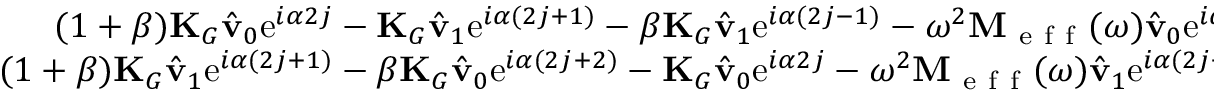
\begin{array} { r l } { ( 1 + \beta ) \mathbf { K } _ { G } \hat { \mathbf { v } } _ { 0 } \mathrm { e } ^ { i \alpha 2 j } - \mathbf { K } _ { G } \hat { \mathbf { v } } _ { 1 } \mathrm { e } ^ { i \alpha ( 2 j + 1 ) } - \beta \mathbf { K } _ { G } \hat { \mathbf { v } } _ { 1 } \mathrm { e } ^ { i \alpha ( 2 j - 1 ) } - \omega ^ { 2 } \mathbf { M } _ { \mathrm { ~ e ~ f ~ f ~ } } ( \omega ) \hat { \mathbf { v } } _ { 0 } \mathrm { e } ^ { i \alpha 2 j } } & { { } = \mathbf { 0 } \, , } \\ { ( 1 + \beta ) \mathbf { K } _ { G } \hat { \mathbf { v } } _ { 1 } \mathrm { e } ^ { i \alpha ( 2 j + 1 ) } - \beta \mathbf { K } _ { G } \hat { \mathbf { v } } _ { 0 } \mathrm { e } ^ { i \alpha ( 2 j + 2 ) } - \mathbf { K } _ { G } \hat { \mathbf { v } } _ { 0 } \mathrm { e } ^ { i \alpha 2 j } - \omega ^ { 2 } \mathbf { M } _ { \mathrm { ~ e ~ f ~ f ~ } } ( \omega ) \hat { \mathbf { v } } _ { 1 } \mathrm { e } ^ { i \alpha ( 2 j + 1 ) } } & { { } = \mathbf { 0 } \, . } \end{array}